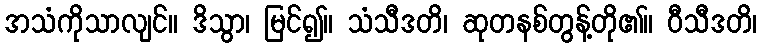
အသံကိုသာလျင်။ ဒိသွာ၊ မြင်၍။ သံသီဒတိ၊ ဆုတနစ်တွန့်တို၏။ ဝီသီဒတိ၊